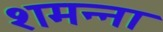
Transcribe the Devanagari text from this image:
शमन्ना